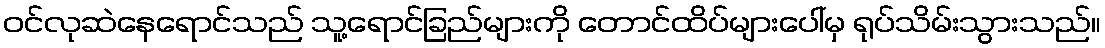
ဝင်လုဆဲနေရောင်သည် သူ့ရောင်ခြည်များကို တောင်ထိပ်များပေါ်မှ ရုပ်သိမ်းသွားသည်။